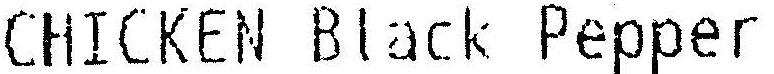
CHICKEN BLACK PEPPER